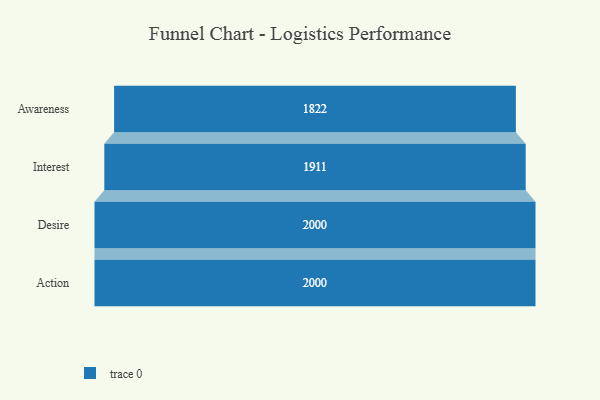
{"axis": {"x": "Stage", "y": "Value"}, "legend": [""], "data": [{"x": "Awareness", "y": 1822.0, "type": ""}, {"x": "Interest", "y": 1911.0, "type": ""}, {"x": "Desire", "y": 2000, "type": ""}, {"x": "Action", "y": 2000, "type": ""}]}